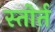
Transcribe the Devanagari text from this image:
स्तोर्त